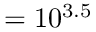
= 1 0 ^ { 3 . 5 }